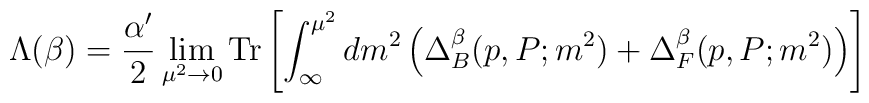
\Lambda (\beta) = \frac{\alpha^\prime}{2} \lim_{\mu^2 \rightarrow 0} {\rm Tr} \left[ \int_{\infty}^{\mu^2} dm^2 \left( \Delta^\beta_B (p, P; m^2) + \Delta^{\beta}_{F} (p, P; m^2) \right) \right]